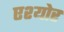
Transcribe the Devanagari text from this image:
एश्योर